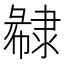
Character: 𨽽